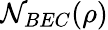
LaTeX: \mathcal{N}_{BEC}(\rho)